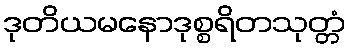
ဒုတိယမနောဒုစ္စရိတသုတ္တံ